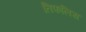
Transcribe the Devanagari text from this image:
तिफलिस